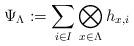
LaTeX: \begin{align*}\Psi_{\Lambda} :=\sum_{i\in I} \bigotimes_{x\in \Lambda} h_{x, i}\end{align*}